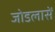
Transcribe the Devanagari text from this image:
जोडलासें